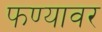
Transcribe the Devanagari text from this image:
फण्यावर